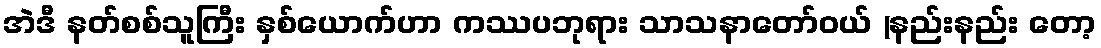
အဲဒီ နတ်စစ်သူကြီး နှစ်ယောက်ဟာ ကဿပဘုရား သာသနာတော်ဝယ် (နည်းနည်း တော့